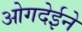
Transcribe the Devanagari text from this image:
ओगदेईने